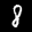
Label: 8